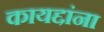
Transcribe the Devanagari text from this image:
कायद्दांना